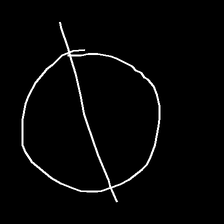
Glyph: orb